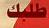
طلبك